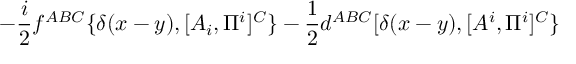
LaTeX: - { \frac { i } { 2 } } f ^ { A B C } \{ \delta ( x - y ) , [ A _ { i } , \Pi ^ { i } ] ^ { C } \} - { \frac { 1 } { 2 } } d ^ { A B C } [ \delta ( x - y ) , [ A ^ { i } , \Pi ^ { i } ] ^ { C } \}